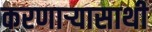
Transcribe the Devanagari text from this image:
करणार्‍यासाथी